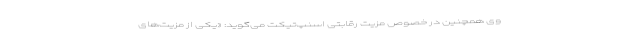
وی همچنین در خصوص مزیت رقابتی اسنپ‌تیکت می‌گوید: «یکی از مزیت‌های